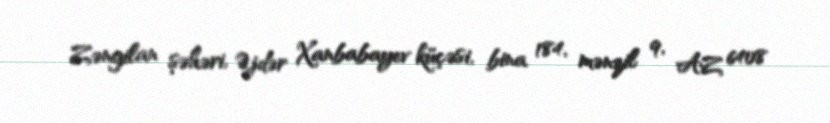
Zəngilan şəhəri, Əjdər Xanbabayev küçəsi, bina 184, mənzil 9, AZ 6408